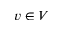
v \in V